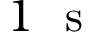
1 \ \mathrm { ~ s ~ }